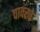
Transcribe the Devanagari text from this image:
वावरचे